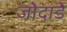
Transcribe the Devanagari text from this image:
जोदाडे